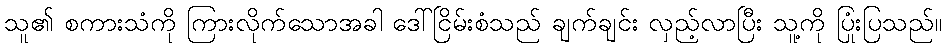
သူ၏ စကားသံကို ကြားလိုက်သောအခါ ဒေါ်ငြိမ်းစံသည် ချက်ချင်း လှည့်လာပြီး သူ့ကို ပြုံးပြသည်။